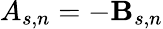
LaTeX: A_{s,n}=-\mathbf{B}_{s,n}